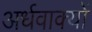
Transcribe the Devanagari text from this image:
अर्धवाक्यों